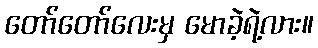
တော်တော်လေးမှ မောခဲ့ရဲ့လား။